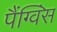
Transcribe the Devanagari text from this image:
पैंग्विंस